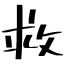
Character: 救